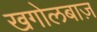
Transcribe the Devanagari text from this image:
खगोलबाज़